Sketch of the medical history of the native army of Bombay, for the year
Year: 1870
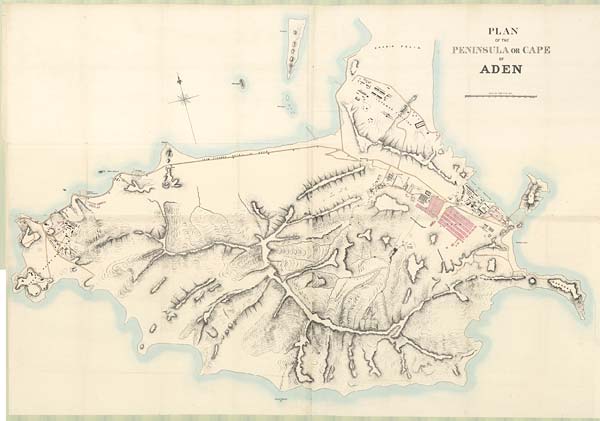
PLAN
OF THE
PENINSULA OR CAP
E
OF
ADEN
SCALE 200 YARDS TO AN I NCH.